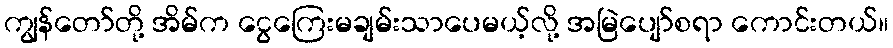
ကျွန်တော်တို့ အိမ်က ငွေကြေးမချမ်းသာပေမယ့်လို့ အမြဲပျော်စရာ ကောင်းတယ်။